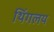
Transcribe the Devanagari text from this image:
थिंगलय